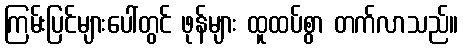
ကြမ်းပြင်များပေါ်တွင် ဖုန်များ ထူထပ်စွာ တက်လာသည်။